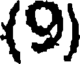
(9)